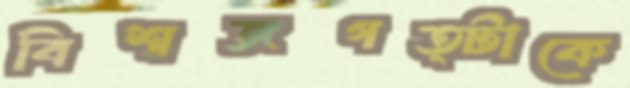
বিশ্বজগত্টাকে